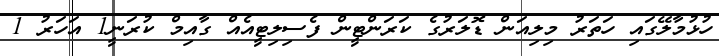
ހުޅުމާލޭގައި ހަތަރު މިލިއަން ޑޮލަރުގެ ކަރަންޓީން ފެސިލިޓީއެއް ގާއިމް ކުރަނީ1 އަހަރު 1